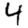
Digit: 4